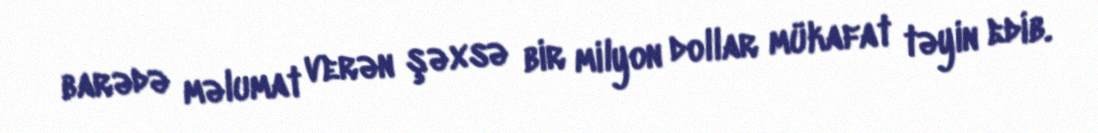
barədə məlumat verən şəxsə bir milyon dollar mükafat təyin edib.